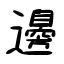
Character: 邊